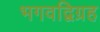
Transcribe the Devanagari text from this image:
भगवद्विग्रह